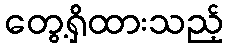
တွေ့ရှိထားသည့်